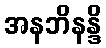
အနဘိနန္ဒိ